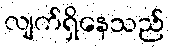
လျက်ရှိနေသည်